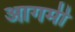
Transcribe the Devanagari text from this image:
आगमी